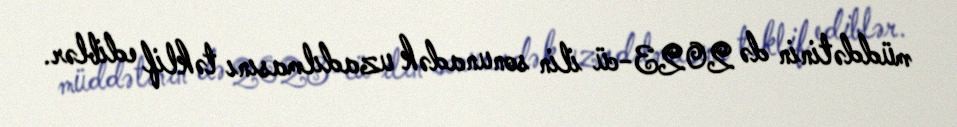
müddətinin də 2023-cü ilin sonunadək uzadılmasını təklif ediblər.